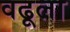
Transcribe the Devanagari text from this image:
वढूला